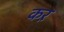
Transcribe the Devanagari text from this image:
कऱ